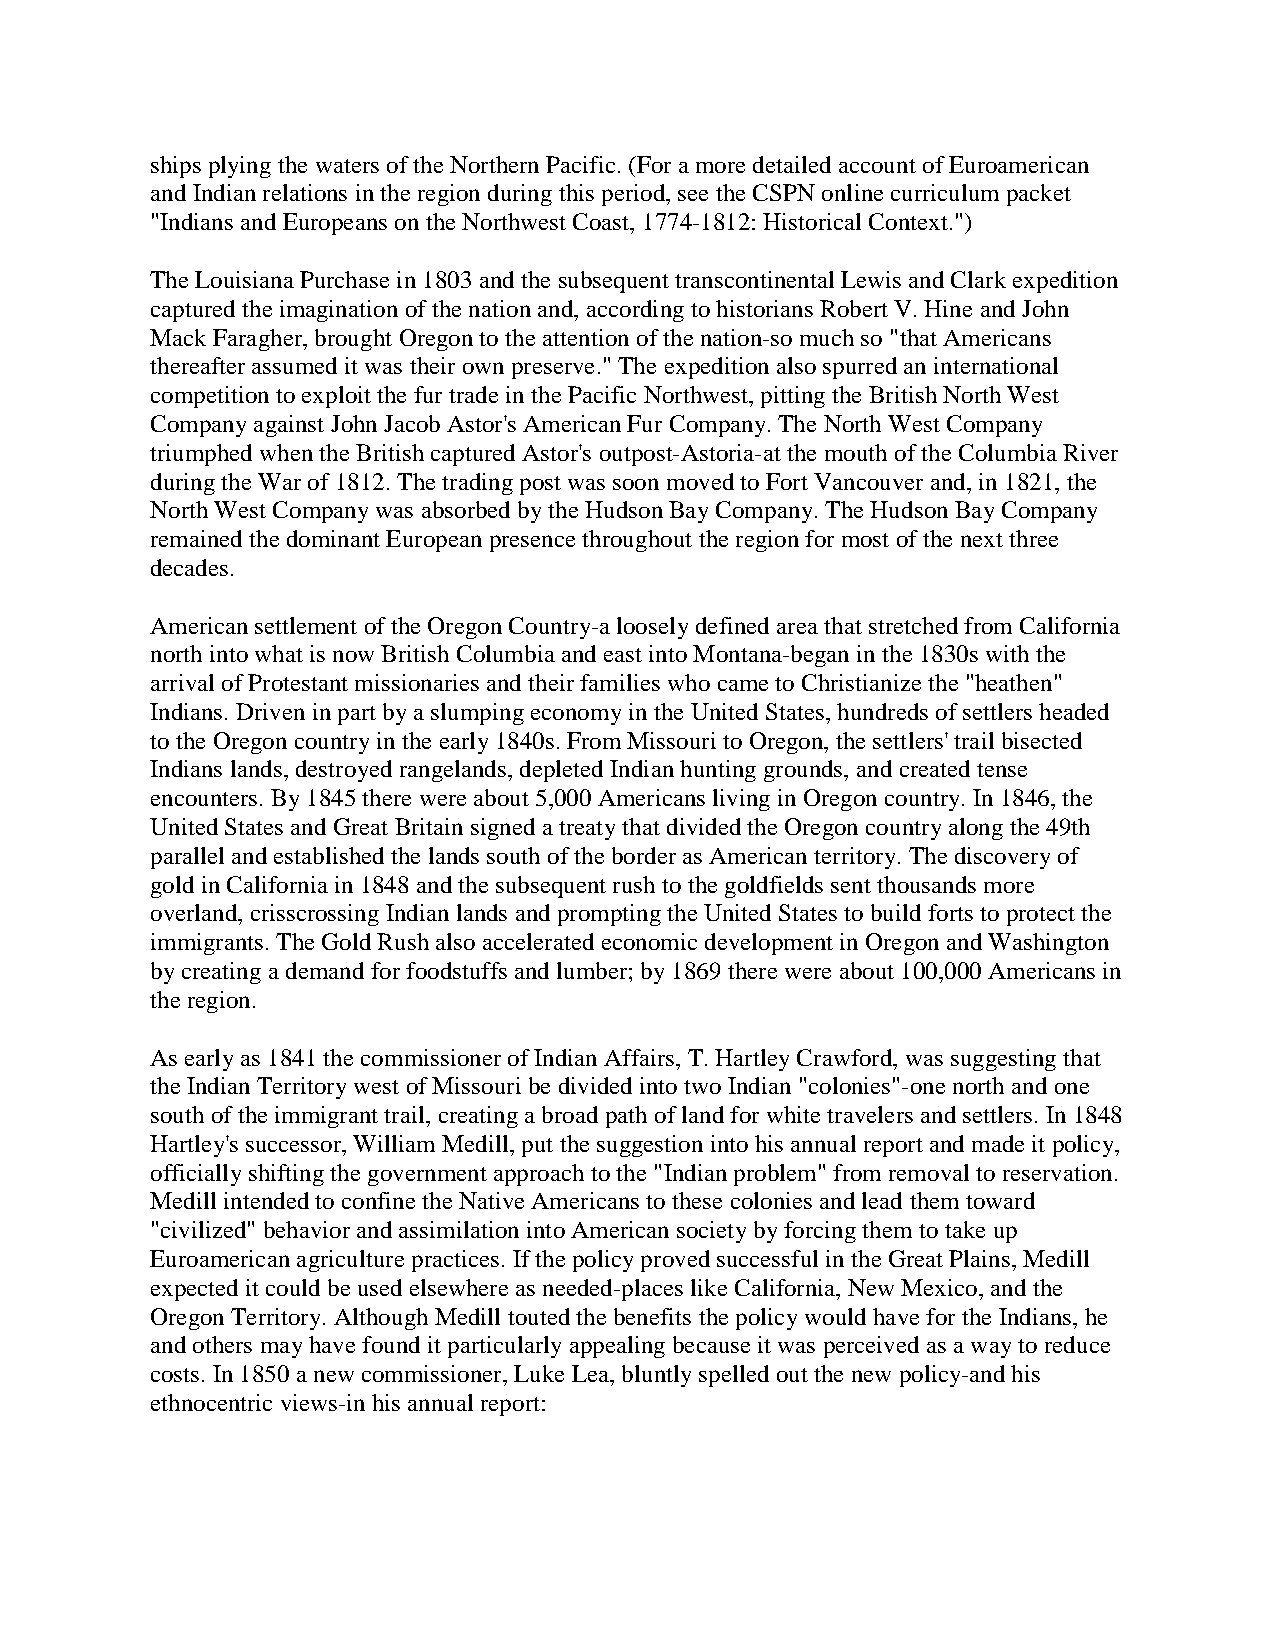
ships plying the waters of the Northern Pacific. (For a more detailed account of Euroamerican
 and Indian relations in the region during this period, see the CSPN online curriculum packet
 "Indians and Europeans on the Northwest Coast, 1774-1812: Historical Context.")
 The Louisiana Purchase in 1803 and the subsequent transcontinental Lewis and Clark expedition
 captured the imagination of the nation and, according to historians Robert V. Hine and John
 Mack Faragher, brought Oregon to the attention of the nation-so much so "that Americans
 thereafter assumed it was their own preserve." The expedition also spurred an international
 competition to exploit the fur trade in the Pacific Northwest, pitting the British North West
 Company against John Jacob Astor's American Fur Company. The North West Company
 triumphed when the British captured Astor's outpost-Astoria-at the mouth of the Columbia River
 during the War of 1812. The trading post was soon moved to Fort Vancouver and, in 1821, the
 North West Company was absorbed by the Hudson Bay Company. The Hudson Bay Company
 remained the dominant European presence throughout the region for most of the next three
 decades.
 American settlement of the Oregon Country-a loosely defined area that stretched from California
 north into what is now British Columbia and east into Montana-began in the 1830s with the
 arrival of Protestant missionaries and their families who came to Christianize the "heathen"
 Indians. Driven in part by a slumping economy in the United States, hundreds of settlers headed
 to the Oregon country in the early 1840s. From Missouri to Oregon, the settlers' trail bisected
 Indians lands, destroyed rangelands, depleted Indian hunting grounds, and created tense
 encounters. By 1845 there were about 5,000 Americans living in Oregon country. In 1846, the
 United States and Great Britain signed a treaty that divided the Oregon country along the 49th
 parallel and established the lands south of the border as American territory. The discovery of
 gold in California in 1848 and the subsequent rush to the goldfields sent thousands more
 overland, crisscrossing Indian lands and prompting the United States to build forts to protect the
 immigrants. The Gold Rush also accelerated economic development in Oregon and Washington
 by creating a demand for foodstuffs and lumber; by 1869 there were about 100,000 Americans in
 the region.
 As early as 1841 the commissioner of Indian Affairs, T. Hartley Crawford, was suggesting that
 the Indian Territory west of Missouri be divided into two Indian "colonies"-one north and one
 south of the immigrant trail, creating a broad path of land for white travelers and settlers. In 1848
 Hartley's successor, William Medill, put the suggestion into his annual report and made it policy,
 officially shifting the government approach to the "Indian problem" from removal to reservation.
 Medill intended to confine the Native Americans to these colonies and lead them toward
 "civilized" behavior and assimilation into American society by forcing them to take up
 Euroamerican agriculture practices. If the policy proved successful in the Great Plains, Medill
 expected it could be used elsewhere as needed-places like California, New Mexico, and the
 Oregon Territory. Although Medill touted the benefits the policy would have for the Indians, he
 and others may have found it particularly appealing because it was perceived as a way to reduce
 costs. In 1850 a new commissioner, Luke Lea, bluntly spelled out the new policy-and his
 ethnocentric views-in his annual report: